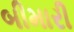
બીમારી